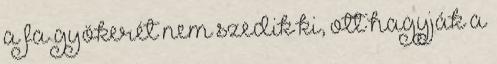
a fa gyökerét nem szedik ki, ott hagyják a